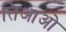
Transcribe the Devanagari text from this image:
तिआओ